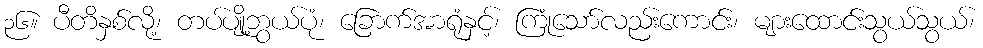
၃၆။ ပီတိနှစ်လို့၊ တပ်ပျို့ဘွယ်ပုံ၊ ခြောက်အာရုံနှင့်၊ ကြုံသော်လည်းကောင်း၊ များထောင်းသွယ်သွယ်၊